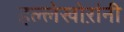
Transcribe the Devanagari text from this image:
हल्लेखोऱांनी